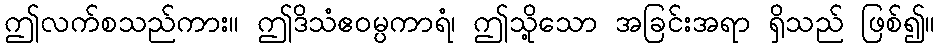
ဤလက်စသည်ကား။ ဤဒိသံဧဝမ္ပကာရံ၊ ဤသို့သော အခြင်းအရာ ရှိသည် ဖြစ်၍။